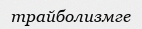
трайболизмге